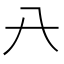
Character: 𠔀